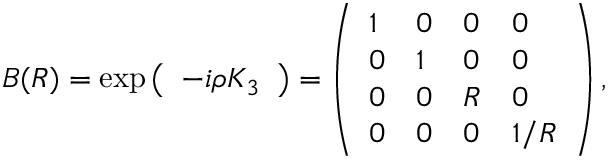
B ( R ) = \exp \left( \begin{array} { l } { { - i \rho K _ { 3 } } } \end{array} \right) = \left( \begin{array} { l l l l } { { 1 } } & { { 0 } } & { { 0 } } & { { 0 } } \\ { { 0 } } & { { 1 } } & { { 0 } } & { { 0 } } \\ { { 0 } } & { { 0 } } & { { R } } & { { 0 } } \\ { { 0 } } & { { 0 } } & { { 0 } } & { { 1 / R } } \end{array} \right) ,